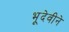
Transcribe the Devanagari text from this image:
भूदेवीने